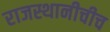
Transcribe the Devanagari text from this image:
राजस्थानीचीच